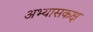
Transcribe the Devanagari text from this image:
अभ्यासकक्ष